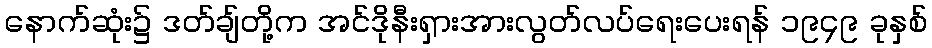
နောက်ဆုံး၌ ဒတ်ချ်တို့က အင်ဒိုနီးရှားအားလွတ်လပ်ရေးပေးရန် ၁၉၄၉ ခုနှစ်